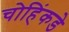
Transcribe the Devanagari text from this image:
चोहिंकडे